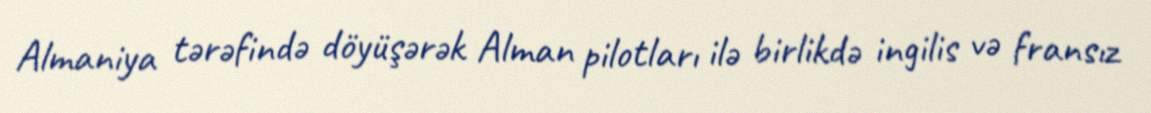
Almaniya tərəfində döyüşərək Alman pilotları ilə birlikdə ingilis və fransız